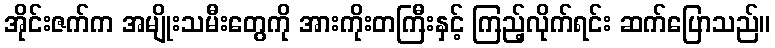
အိုင်းဇက်က အမျိုးသမီးတွေကို အားကိုးတကြီးနှင့် ကြည့်လိုက်ရင်း ဆက်ပြောသည်။